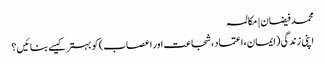
محمد فیضان | مکالمہ
اپنی زندگی (ایمان، اعتماد، شجاعت اور اعصاب) کو بہتر کیسے بنائیں؟